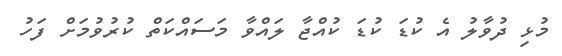
މުޅި ދުވާލު އެ ކުޑަ ކުޑަ ކުއްޖާ ލައްވާ މަސައްކަތް ކުރުވުމަށް ފަހު